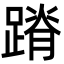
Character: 蹐